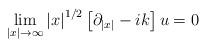
LaTeX: \begin{align*}\lim_{\left| x \right| \to \infty} \left| x \right|^{1/2} \left[ \partial_{\left| x \right|} - i k \right] u = 0\end{align*}